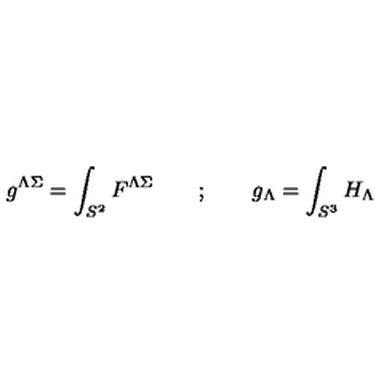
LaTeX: g ^ { \Lambda \Sigma } = \int _ { S ^ { 2 } } F ^ { \Lambda \Sigma } \qquad ; \qquad g _ { \Lambda } = \int _ { S ^ { 3 } } H _ { \Lambda }